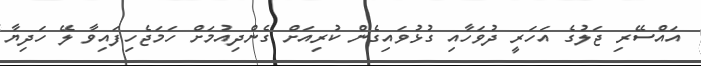
އައްސޭރި ޖަލުގެ އަހަރީ ދުވަހާއި ގުޅުވައިގެން ކުރިއަށް ގެންދިއުމަށް ހަމަޖެހިފައިވާ ލޭ ހަދިޔާ